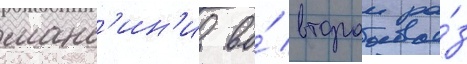
манс'ин'и во́ второи ра́з